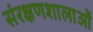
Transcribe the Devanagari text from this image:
संरक्षणशालाओं